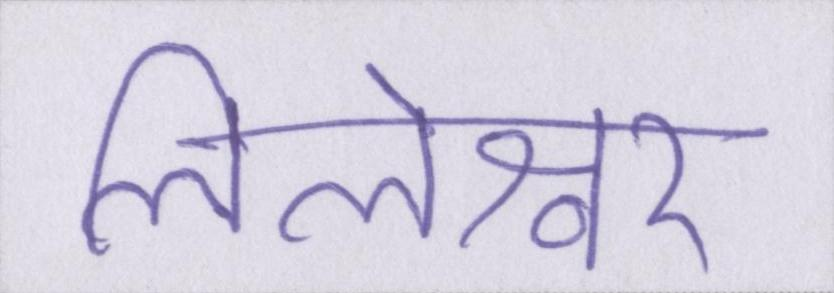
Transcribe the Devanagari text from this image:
लिलेश्वर